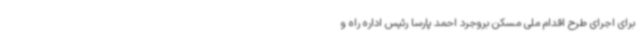
برای اجرای طرح اقدام ملی مسکن بروجرد احمد پارسا رئیس اداره راه و